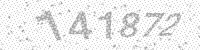
Solution: 141872